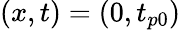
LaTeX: (x,t)=(0,t_{p0})